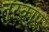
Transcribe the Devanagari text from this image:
तुरकाए